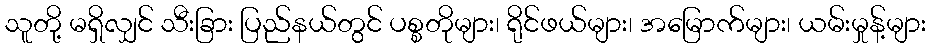
သူတို့ မရှိလျှင် သီးခြား ပြည်နယ်တွင် ပစ္စတိုများ၊ ရိုင်ဖယ်များ၊ အမြောက်များ၊ ယမ်းမှုန့်များ